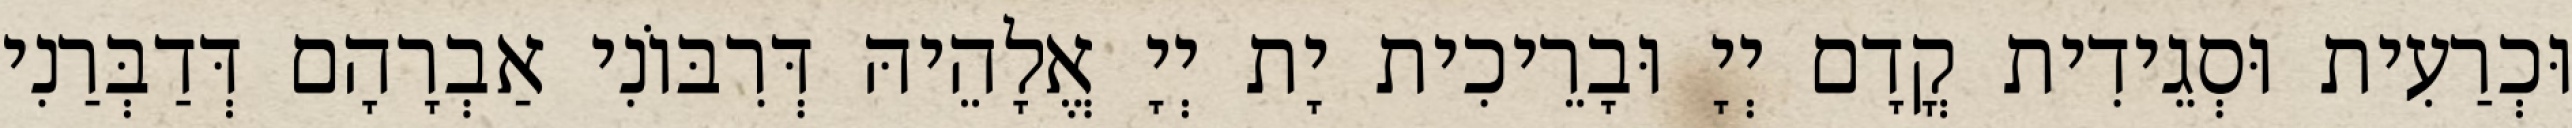
וּכְרַעִית וּסְגֵידִית קֳדָם יְיָ וּבָרֵיכִית יָת יְיָ אֱלָהֵיהּ דְּרִבּוֹנִי אַבְרָהָם דְּדַבְּרַנִי